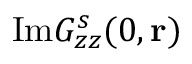
\mathrm { I m } G _ { z z } ^ { s } ( 0 , { \bf r } )